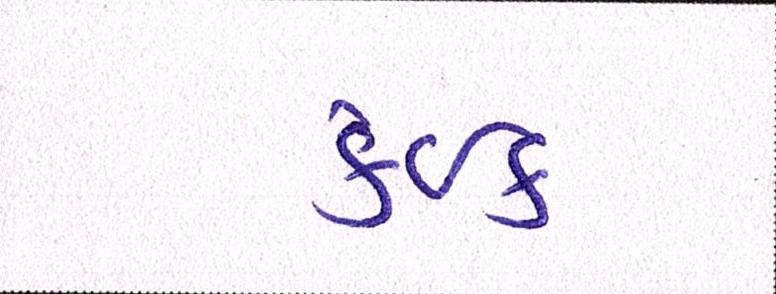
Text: કંઈક